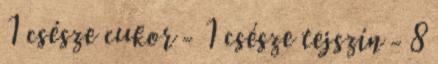
1 csésze cukor - 1 csésze tejszín - 8